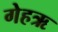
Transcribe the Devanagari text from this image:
गेहऋ